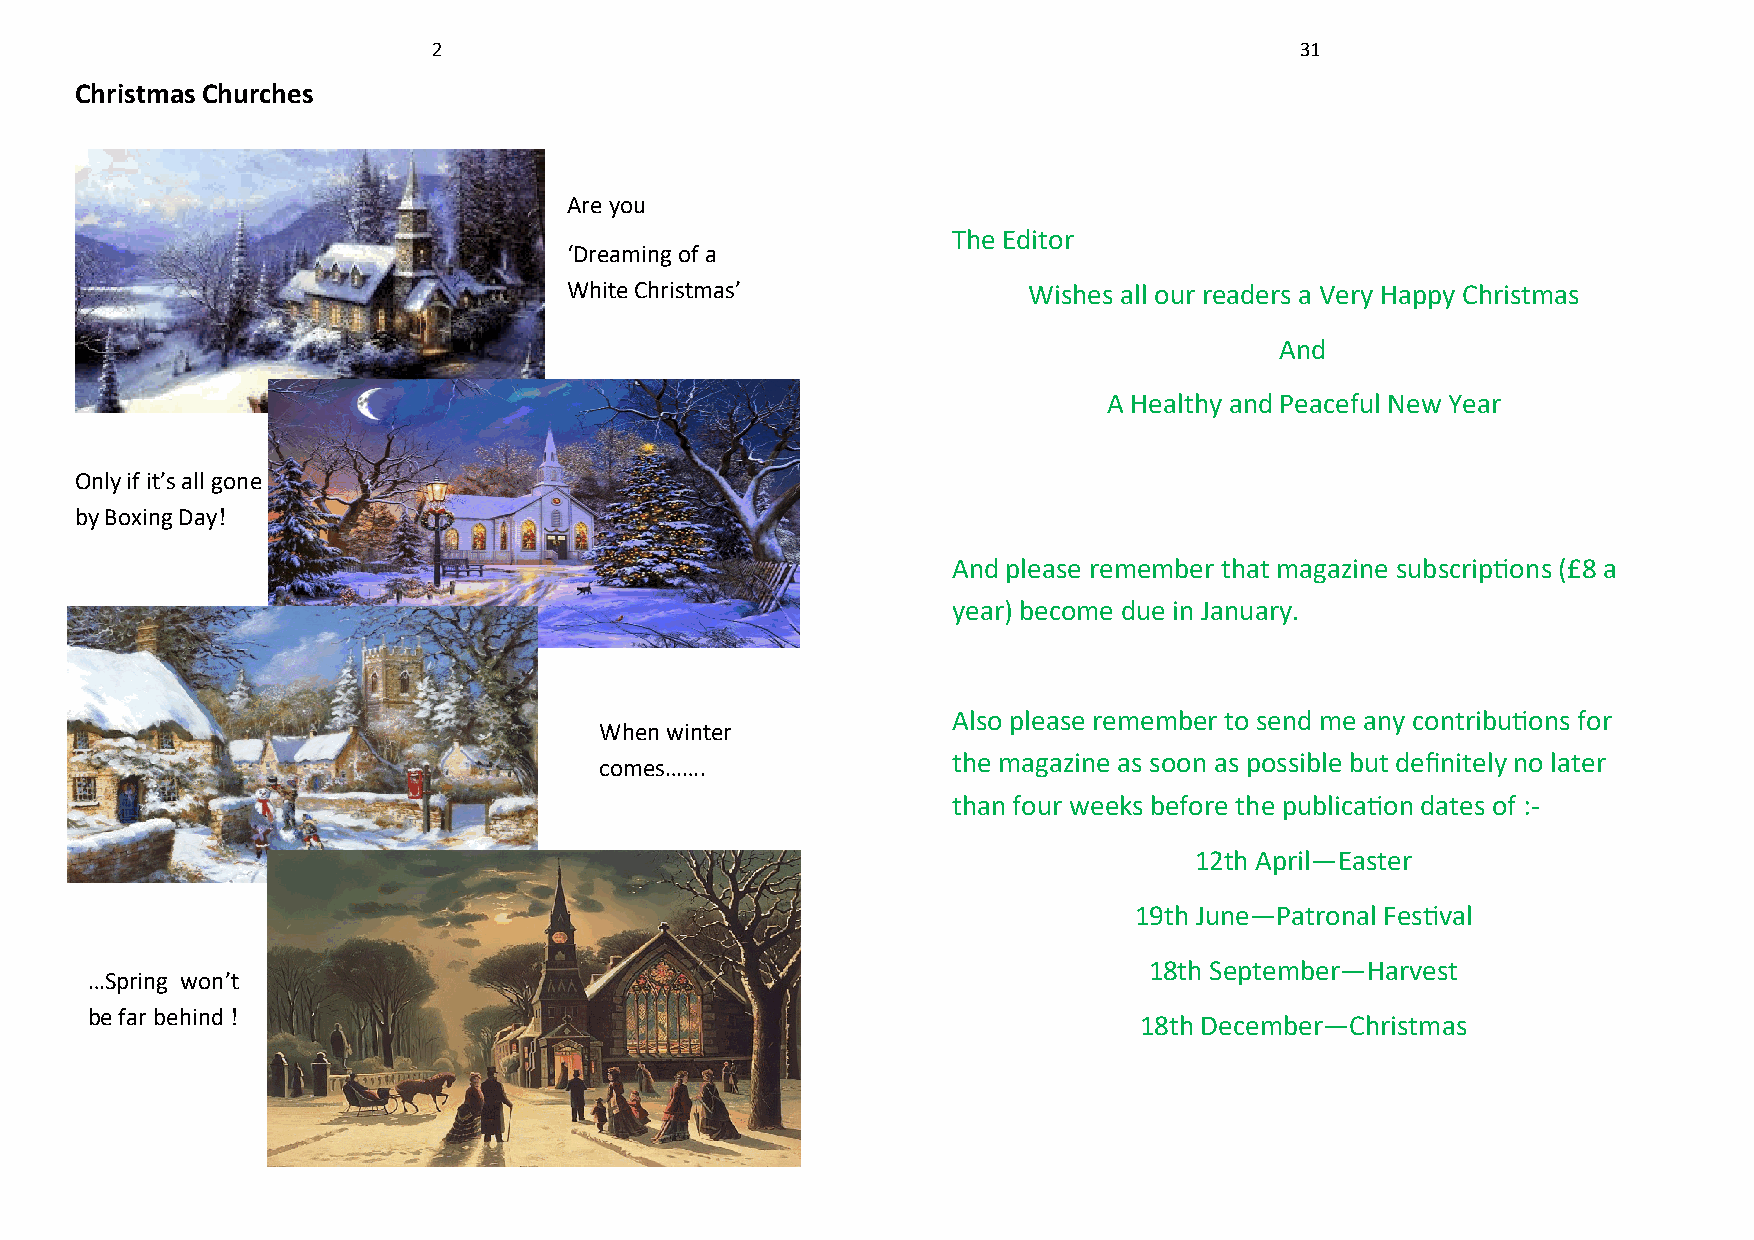
2                                                        31
 Christmas Churches
 Are you
 The Editor
 ‘Dreaming of a
 White Christmas’              Wishes all our readers a Very Happy Christmas
 And
 A Healthy and Peaceful New Year
 Only if it’s all gone
 by Boxing Day!
 And please remember that magazine subscriptions (£8 a
 year) become due in January.
 Also please remember to send me any contributions for
 When winter
 the magazine as soon as possible but definitely no later
 comes…….
 than four weeks before the publication dates of :-
 12th April—Easter
 19th June—Patronal Festival
 18th September—Harvest
 …Spring won’t
 be far behind !
 18th December—Christmas